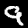
Digit: 9